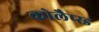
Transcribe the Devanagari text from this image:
कोलैप्स्ड